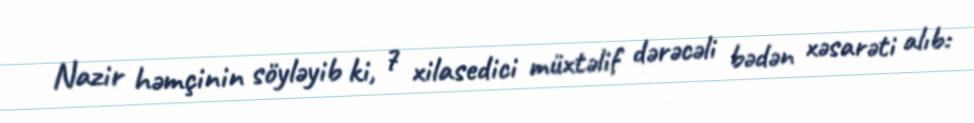
Nazir həmçinin söyləyib ki, 7 xilasedici müxtəlif dərəcəli bədən xəsarəti alıb: